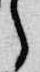
之